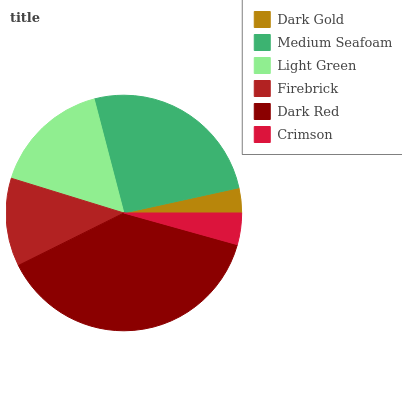
| Dark Gold | Medium Seafoam | Light Green | Firebrick | Dark Red | Crimson |
 | --- | --- | --- | --- | --- | --- |
 | 3.44% | 25.6% | 16.2% | 12.1% | 38.3% | 4.33% |